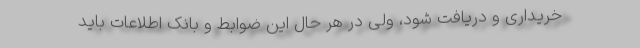
خریداری و دریافت شود، ولی در هر حال این ضوابط و بانک اطلاعات باید